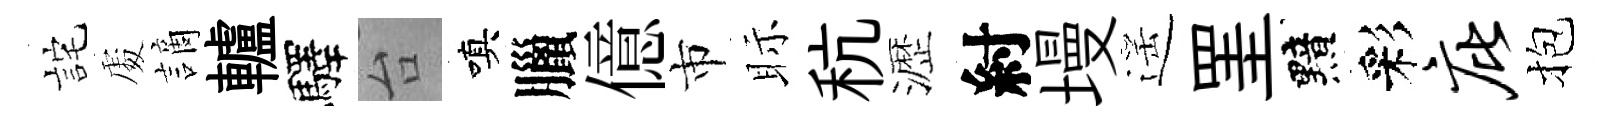
詫𠁅謫轤驛台嗔臘億市眎秔瀝紂墁遥罣黯彩庇抱